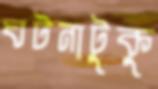
ঘটনাটুকু